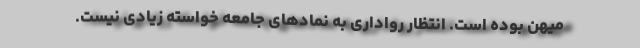
میهن بوده است. انتظار روادارى به نمادهاى جامعه خواسته زیادى نیست.